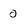
Character: o